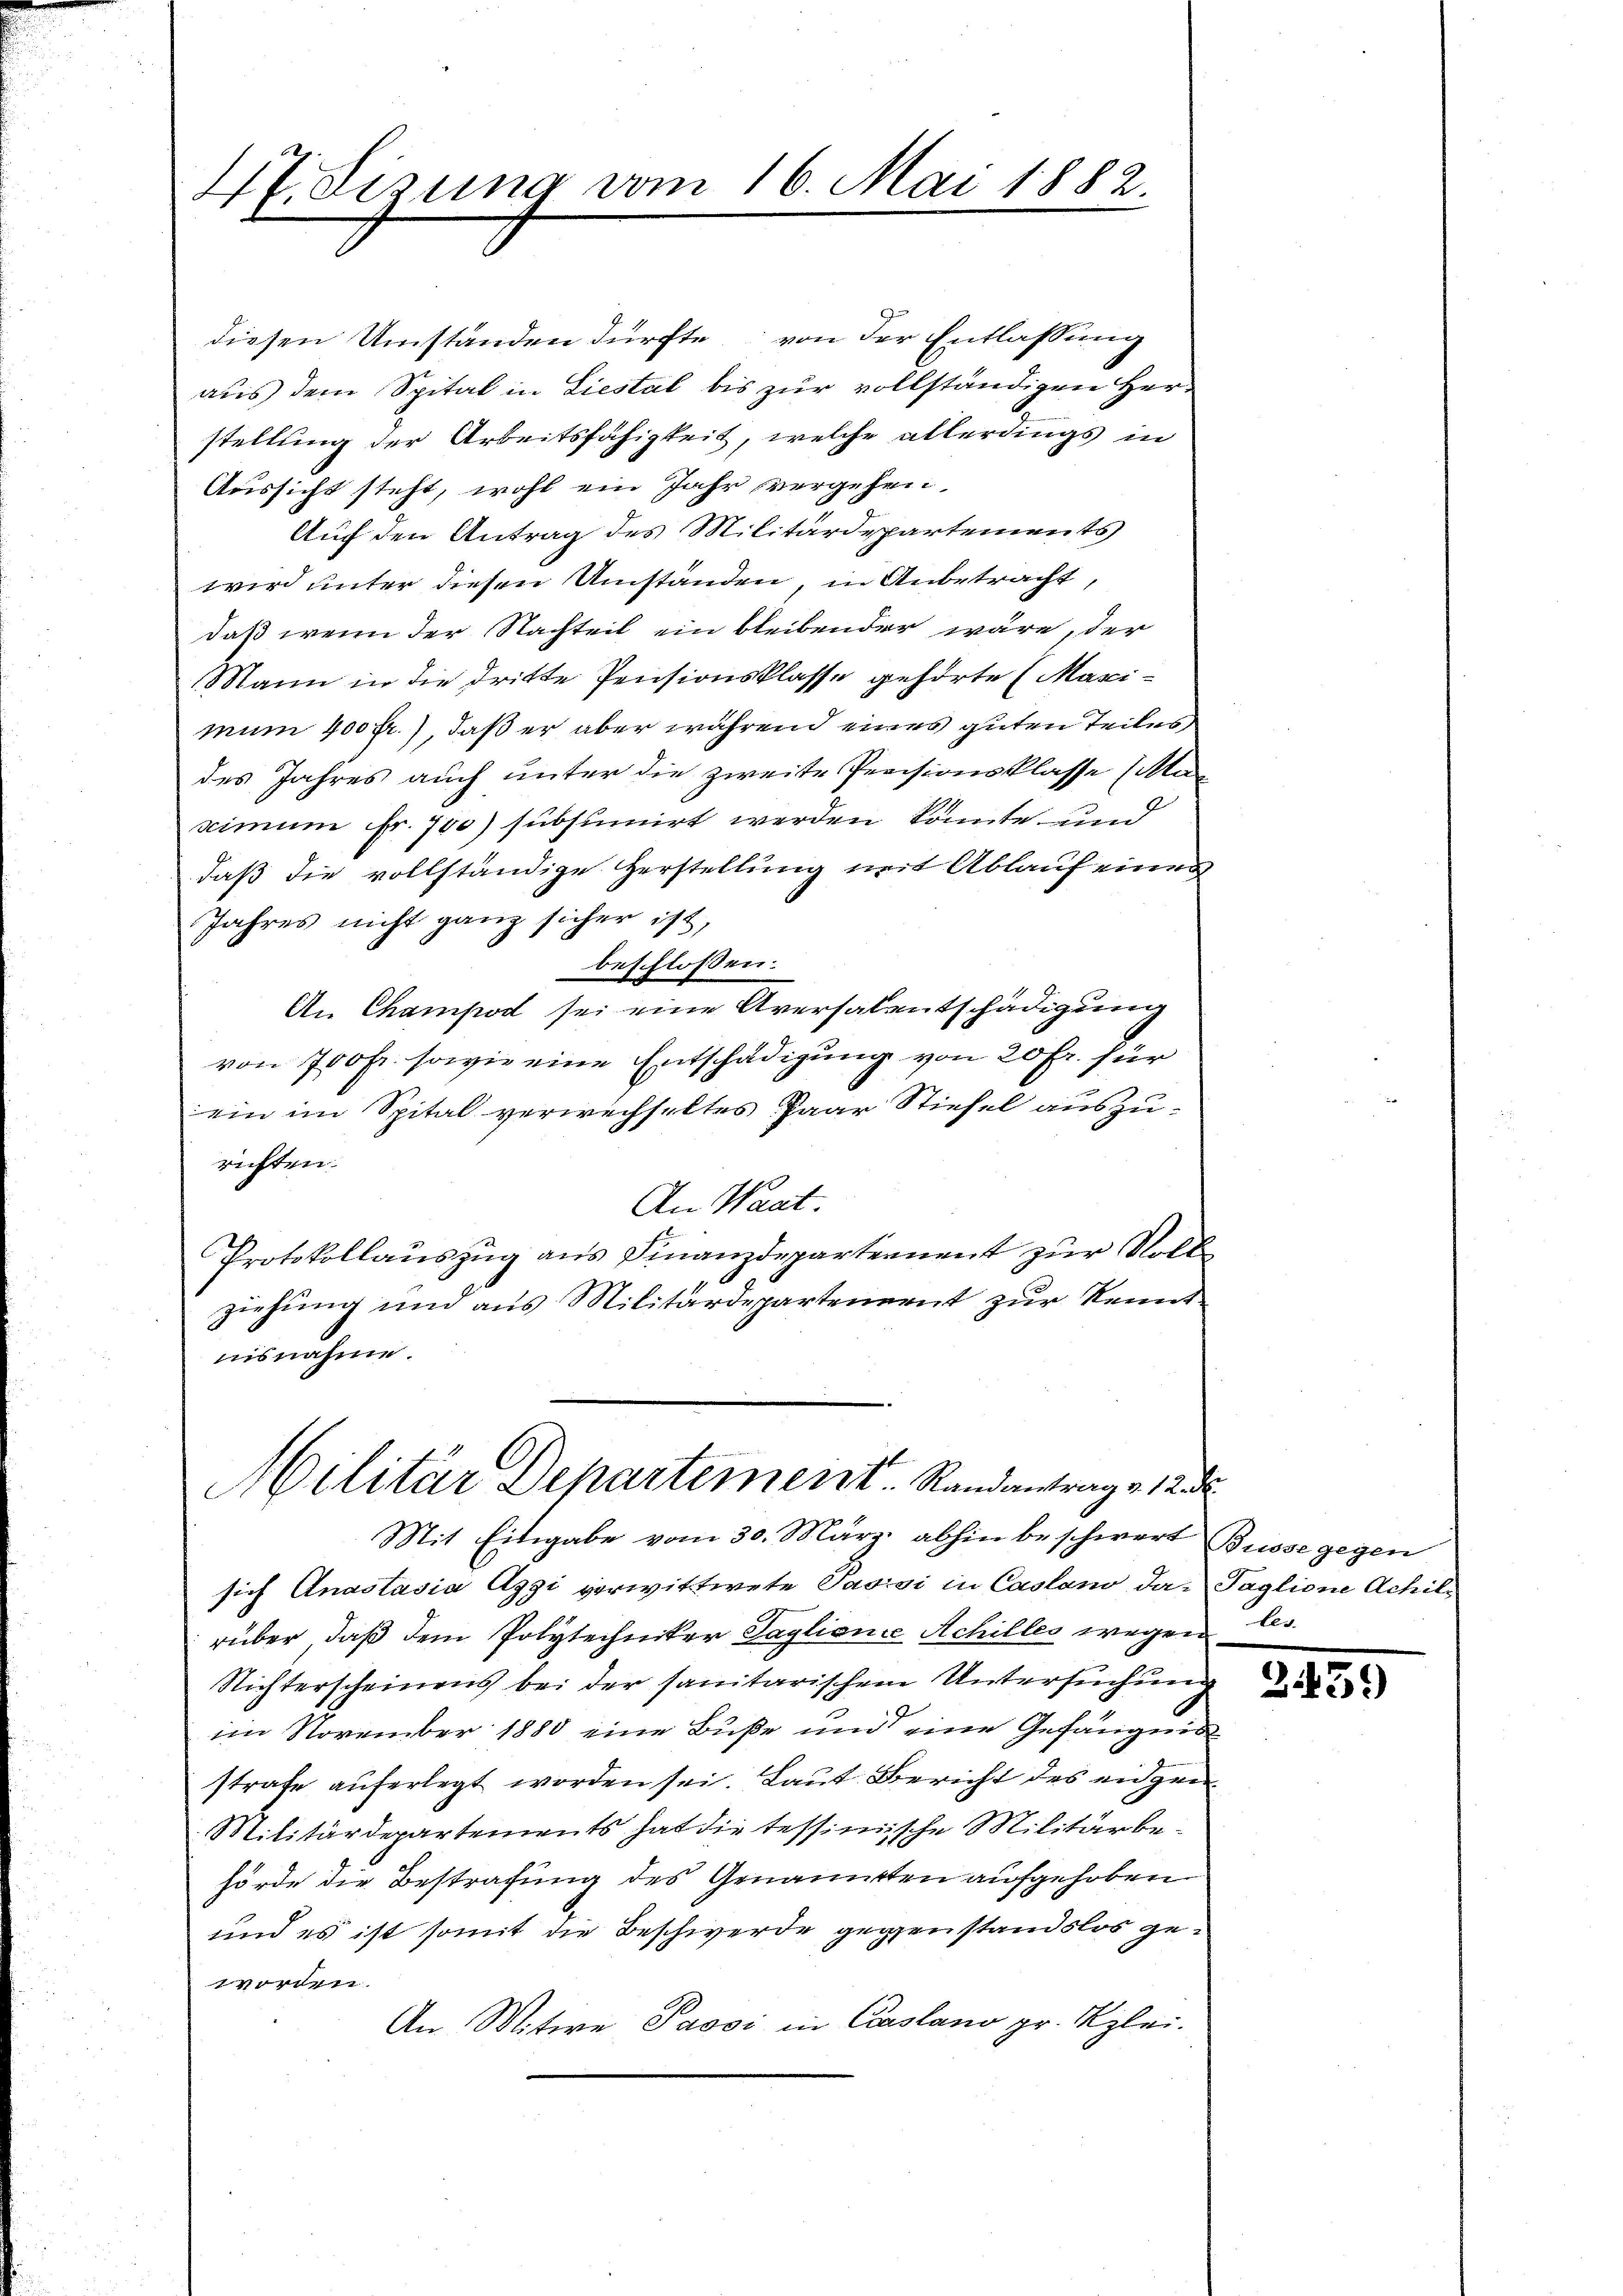
V.Sizung vom 16. Mai 1882.

diesen Umständen dürfte von der Entlassung
aus dem Spital in Liestal bis zur vollständigen Herstellung der Arbeitsfähigkeit, welche allerdings in
Aussicht steht, wohl ein Jahr vergehen,
Auf den Antrag des Militärdepartements
wird unter diesen Umständen, in Anbetracht,
daß wenn der Nachteil ein bleibender wäre, der
Mann in die dritte Pensionsklasse gehörte Maximum 400 fr.), daß er aber während eines guten Teiles
des Jahres auch unter die zweite Preisionsklasse (Mar
scimum fr. 700) subsumirt werden könnte, und
daß die vollständige Herstellung mit Ablauf einen
Jahres nicht ganz sicher ist,
beschloßen:
An Champod sei eine Aversalentschädigung
von 700 fr. sowie eine Entschädigung von 20 Fr. für
ein im Spital verwechseltes Paar Stiefel auszurichten.
An Wart.
Protokollauszug aus Finanzdepartement zur Volle
ziehung und aus Militärdepartenernt zur Kenntnisnahme.

Militär Departement. Randantrag v. 12 d

Mit Eingabe vom 30. März abhin beschwert Busse gegen
sich Anastasia Azzi verwittwete Passi in Casland das Taglione Achilrüber, daß dem Polytechniker Taglionie Achilles wegen bes
Nichterscheinens bei der sanitarischem Untersuchung
im November 1880 eine Buße und eine Gefängnis
strafe auferlegt worden sei. Laut Bericht des eidgen
Militärdepartements hat die tessimische Militärbehörde die Bestrafung des Genannten aufgehoben
und es ist somit die Beschwerde gegenstandslos geworden.
An Mitwe Passi in Casano pr. Klei¬

339